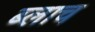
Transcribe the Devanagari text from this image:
ब्लाच